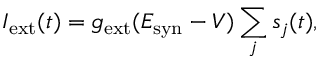
I _ { \mathrm { e x t } } ( t ) = g _ { \mathrm { e x t } } ( E _ { \mathrm { s y n } } - V ) \sum _ { j } s _ { j } ( t ) ,